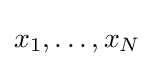
x_{1},\dots ,x_{N}